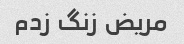
مریض زنگ زدم